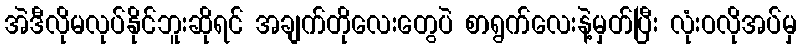
အဲဒီလိုမလုပ်နိုင်ဘူးဆိုရင် အချက်တိုလေးတွေပဲ စာရွက်လေးနဲ့မှတ်ပြီး လုံးဝလိုအပ်မှ